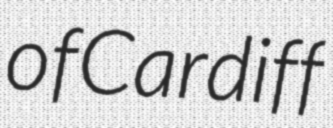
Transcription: of Cardiff